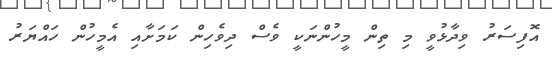
އޮފިސަރު ވިދާޅުވީ މި ތިން މީހުންނަކީ ވެސް ދިވެހިން ކަމަށާއި އެމީހުން ހައްޔަރު